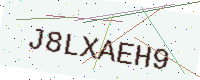
Text: J8LXAEH9